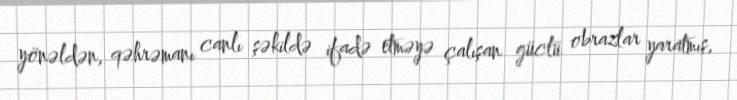
yönəldən, qəhrəmanı canlı şəkildə ifadə etməyə çalışan güclü obrazlar yaratmış,